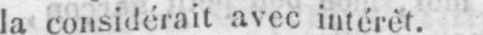
la considérait avec intérêt.